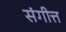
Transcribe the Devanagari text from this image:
संगीत्त